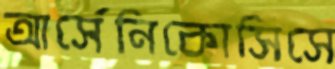
আর্সেনিকোসিসে